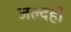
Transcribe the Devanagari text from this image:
जल्दही